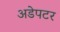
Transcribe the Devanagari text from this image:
अडेपटर